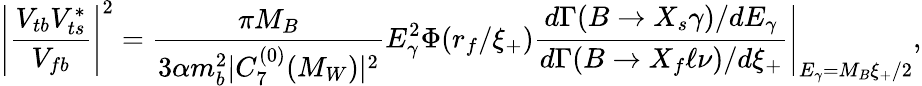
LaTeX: \left|\frac{V_{tb}V_{ts}^{\ast}}{V_{fb}}\right|^{2}=\frac{\pi M_{B}}{3\alpha m_{b}^{2}|C_{7}^{(0)}(M_{W})|^{2}}E_{\gamma}^{2}\Phi(r_{f}/\xi_{+})\frac{d\Gamma(B\to X_{s}\gamma)/dE_{\gamma}}{d\Gamma(B\to X_{f}\ell\nu)/d\xi_{+}}\Bigg|_{E_{\gamma}=M_{B}\xi_{+}/2},